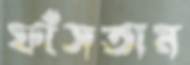
ফাঁসতাম